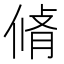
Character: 𠋛